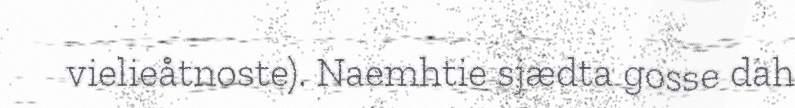
vielieåtnoste). Naemhtie sjædta gosse dah